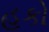
હૂકો